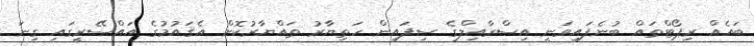
ބައެއް ރިޕޯޓްތައް ބުނެފައިވަނީ އިސްރާއިލްގެ ސިފައިން ހަތިޔާރު ތައްޔާރުކޮށް އެޤައުމުގެ އައްސޭރީގައި ގިނަ